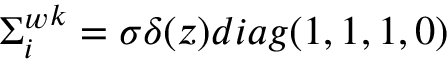
{ { \Sigma } _ { i } ^ { w } } ^ { k } = { \sigma } { \delta } ( z ) d i a g ( 1 , 1 , 1 , 0 )